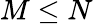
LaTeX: M\leq N